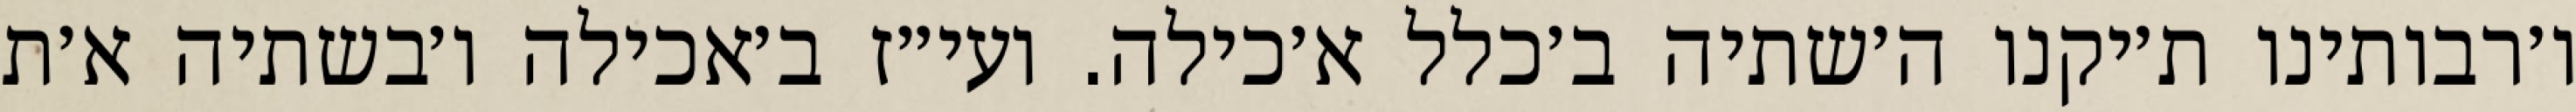
ו׳רבותינו ת׳יקנו ה׳שתיה ב׳כלל א׳כילה. ועי״ז ב׳אכילה ו׳בשתיה א׳ת